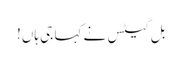
بل گیٹس نے کہا جی ہاں!